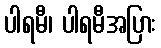
ပါရမီ၊ ပါရမီအပြား